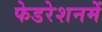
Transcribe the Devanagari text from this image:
फेडरेशनमें